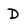
Character: D